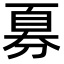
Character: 𫦍